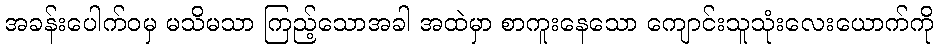
အခန်းပေါက်ဝမှ မသိမသာ ကြည့်သောအခါ အထဲမှာ စာကူးနေသော ကျောင်းသူသုံးလေးယောက်ကို